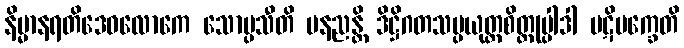
နိမ္မာနရတိဒေဝလောကေ သောပ္ပသီတိ ပနညန္တိ ဒိဋ္ဌိဂတသမ္ပယုတ္တစိတ္တုပ္ပါဒါ ပဋိပက္ခေတိ